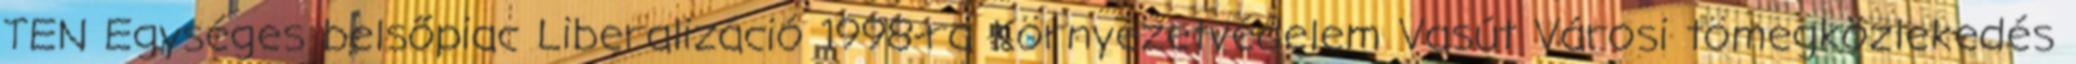
TEN Egységes belsőpiac Liberalizáció 1998-ra Környezetvédelem Vasút Városi tömegközlekedés